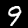
Digit: 9